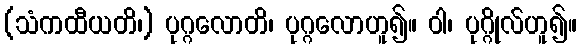
(သံကထီယတိ၊) ပုဂ္ဂလောတိ၊ ပုဂ္ဂလောဟူ၍။ ဝါ၊ ပုဂ္ဂိုလ်ဟူ၍။